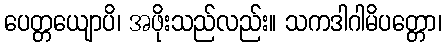
ပေတ္တယျောပိ၊ အဖိုးသည်လည်း။ သကဒါဂါမိပတ္တော၊